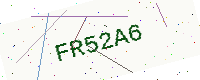
Text: FR52A6